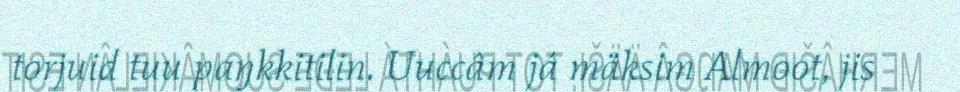
torjuid tuu paŋkkitilin. Uuccâm já mäksim Almoot, jis